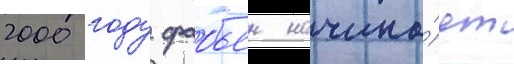
2000 году фабьен начина́ет